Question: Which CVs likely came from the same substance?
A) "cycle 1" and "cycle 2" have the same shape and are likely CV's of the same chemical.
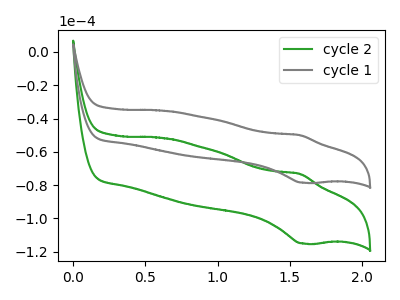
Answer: <think>The green curve "cycle 2" has an anodic peak at (1.55V, -73.25uA) and a cathodic peak at (1.60V, -115.10uA). The gray curve "cycle 1" has an anodic peak at (1.55V, -50.00uA) and a cathodic peak at (1.60V, -78.55uA).
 All the peaks in "cycle 2" have a peak in "cycle 1" at the same potential.</think>
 <answer>A) "cycle 1" and "cycle 2" have the same shape and are likely CV's of the same chemical.</answer>
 <eval>A</eval>